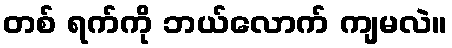
တစ် ရက်ကို ဘယ်လောက် ကျမလဲ။